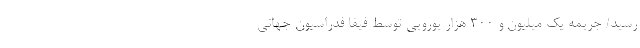
رسید/ جریمه یک میلیون و 300 هزار یورویی توسط فیفا فدراسیون جهانی